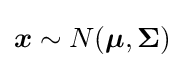
{\boldsymbol {x}}\sim N({\boldsymbol {\mu }},\mathbf {\Sigma } )